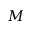
M